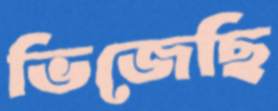
ভিজেছি